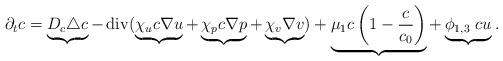
LaTeX: \begin{align*}\partial_t c = \underbrace{D_c \triangle c}_{} - \operatorname{div}(\underbrace{\chi_u c \nabla u}_{} + \underbrace{\chi_p c \nabla p}_{} + \underbrace{\chi_v \nabla v}_{}) + \underbrace{\mu_1 c\left(1-\frac{c}{c_0}\right)}_{}+ \underbrace{\phi_{1,3}~cu}_{} .\end{align*}